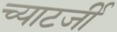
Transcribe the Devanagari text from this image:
च्याटर्जी